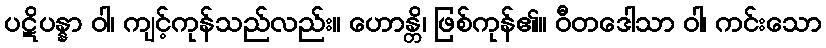
ပဋိပန္နာ ဝါ၊ ကျင့်ကုန်သည်လည်း။ ဟောန္တိ၊ ဖြစ်ကုန်၏။ ဝီတဒေါသာ ဝါ၊ ကင်းသော